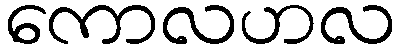
ကောလဟလ